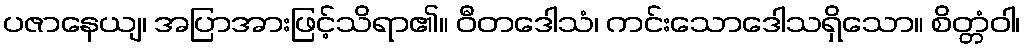
ပဇာနေယျ၊ အပြာအားဖြင့်သိရာ၏။ ဝီတဒေါသံ၊ ကင်းသောဒေါသရှိသော။ စိတ္တံဝါ၊